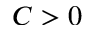
C > 0